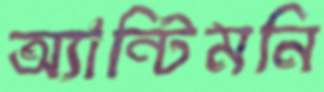
অ্যান্টিমনি